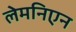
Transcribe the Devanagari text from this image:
लेमनिएन